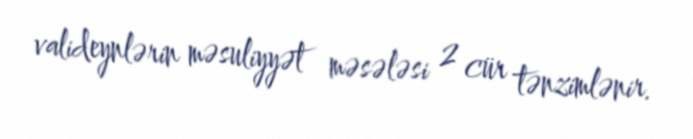
valideynlərin məsuliyyət məsələsi 2 cür tənzimlənir.